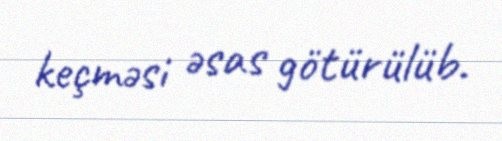
keçməsi əsas götürülüb.